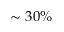
\sim 3 0 \%